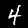
Label: 4